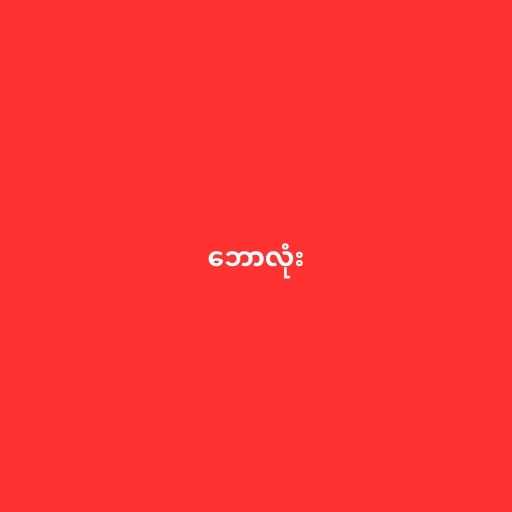
ဘောလုံး